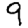
Digit: 9